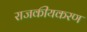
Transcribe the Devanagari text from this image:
राजकीयकरण